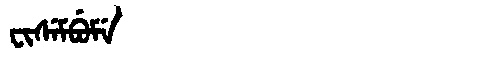
Manchu: ᠸᡳᠰᡝᠮᠪᡠᠮᡝ
Romanization: FISEMBUME